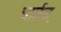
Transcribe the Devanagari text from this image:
चार्लस्‌